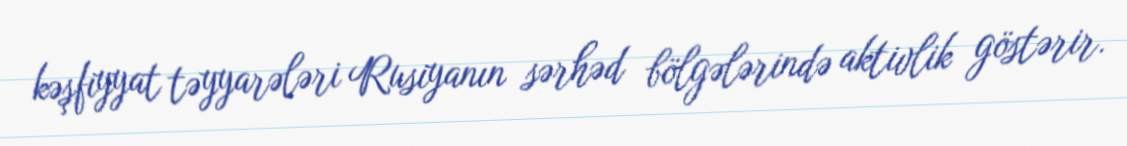
kəşfiyyat təyyarələri Rusiyanın sərhəd bölgələrində aktivlik göstərir.